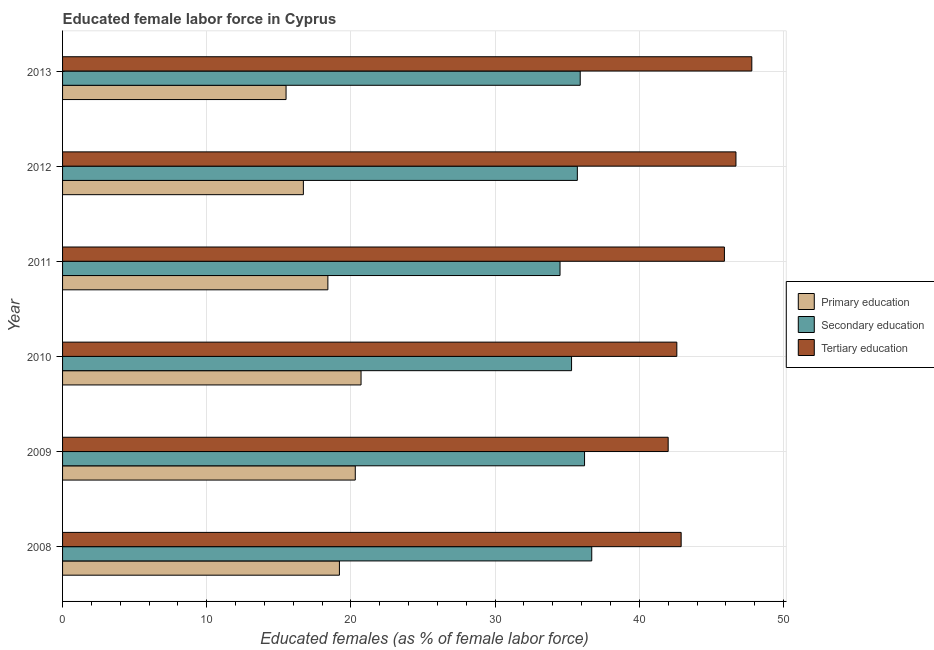
| Year | Primary education | Secondary education | Tertiary education |
 | --- | --- | --- | --- |
 | 2008 | 19.2 | 36.7 | 42.9 |
 | 2009 | 20.3 | 36.2 | 42 |
 | 2010 | 20.7 | 35.3 | 42.6 |
 | 2011 | 18.4 | 34.5 | 45.9 |
 | 2012 | 16.7 | 35.7 | 46.7 |
 | 2013 | 15.5 | 35.9 | 47.8 |